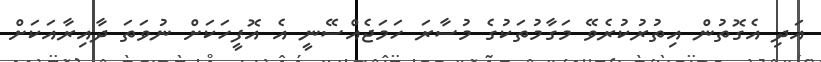
އަދި އެގޮތުން އިތުރުކުރެވޭ މަގާމުތަކުގެ މުސާރަ ހަމަޖެއްސޭނީ އެ އޮފީހަކަށް ނުވަތަ ދާއިރާއަކަށް